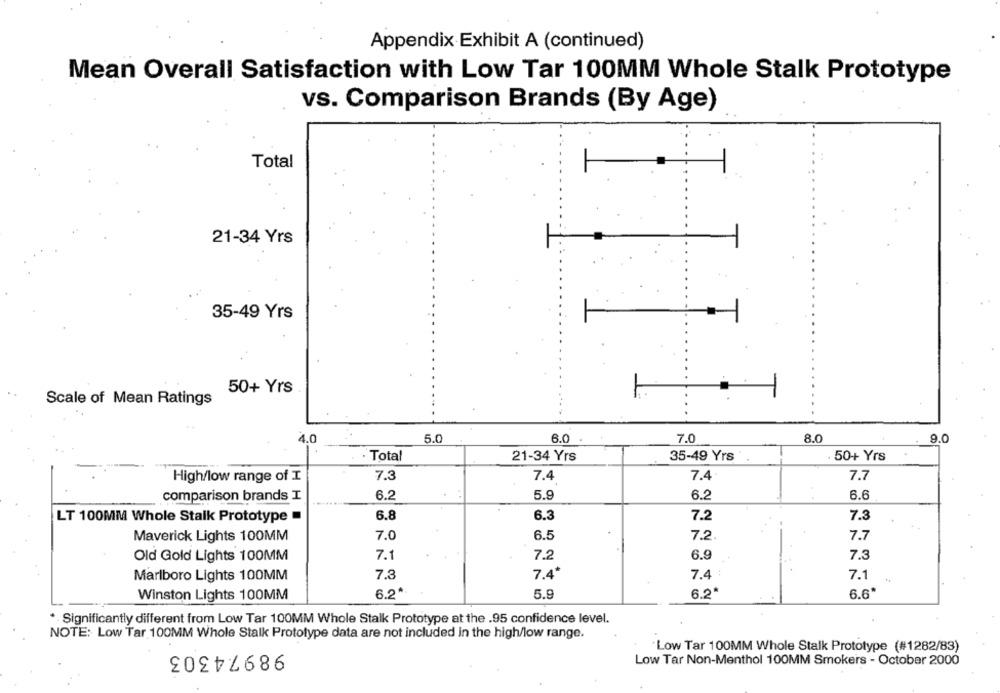
Appendix Exhibit A (continued)
Mean Overall Satisfaction with Low Tar 100MM Whole Stalk Prototype
vs. Comparison Brands (By Age)
Total
21-34 Yrs
35-49 Yrs
50+ Yrs
Scale of Mean Ratings
4.0
5.0
6.0
7.0
8.0
9.0
Total
21-34 Yrs
35-49 Yrs
.50+ Yrs
High/low range of I
7.3
7.4
7.4.
7.7
comparison brands I
6.2
5.9
6.2
6.6
LT 100MM Whole Stalk Prototype
6.8
6.3
7.2
7.
Maverick Lights 100MM
7.0
6.5
7.2
7.7
6.9
Old Gold Lights 100MM
7.1
7.2
7.
7.3
7.4*
7.4 :
7.1
Marlboro Lights 100MM
Winston Lights 100MM
5.9
6.2ª
6.6*
*. Significantly different from Low Tar 100MM Whole Stalk Prototype at the .95 confidence level.
NOTE: Low Tar 100MM Whole Stalk Prototype data are not included in the high/low range.
98974303
Low Tar 100MM Whole Stalk Prototype (#1282/83)
Low Tar Non-Menthol 100MM Smokers - October 2000